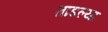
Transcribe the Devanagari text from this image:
ताडल्या